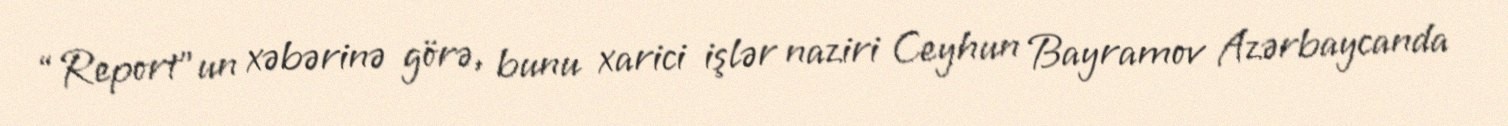
“Report”un xəbərinə görə, bunu xarici işlər naziri Ceyhun Bayramov Azərbaycanda